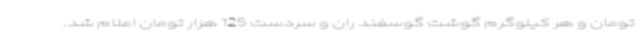
تومان و هر کیلوگرم گوشت گوسفند ران و سردست 125 هزار تومان اعلام شد.